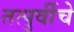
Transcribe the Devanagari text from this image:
तत्पुर्वीचे